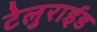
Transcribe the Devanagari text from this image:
टेलुराईड